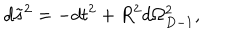
LaTeX: d \tilde { s } ^ { 2 } = - d t ^ { 2 } + R ^ { 2 } d \Omega _ { D - 1 } ^ { 2 } ,